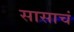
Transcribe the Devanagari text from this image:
सासाचं